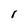
Character: l